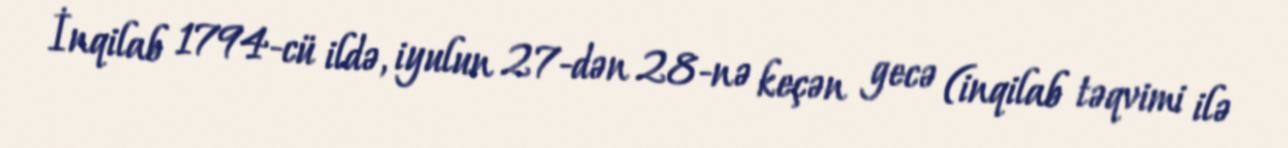
İnqilab 1794-cü ildə, iyulun 27-dən 28-nə keçən gecə (inqilab təqvimi ilə